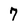
Character: 7